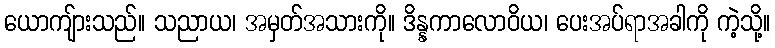
ယောကျ်ားသည်။ သညာယ၊ အမှတ်အသားကို။ ဒိန္နကာလောဝိယ၊ ပေးအပ်ရာအခါကို ကဲ့သို့။